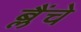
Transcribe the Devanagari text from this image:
ब्लैंचे